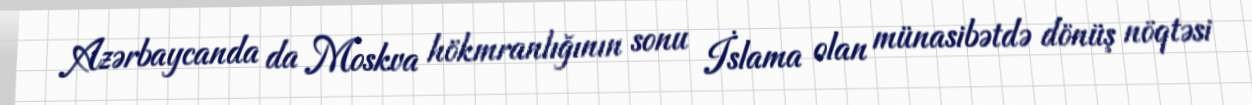
Azərbaycanda da Moskva hökmranlığının sonu İslama olan münasibətdə dönüş nöqtəsi